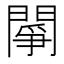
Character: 䦛